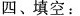
四、填空：